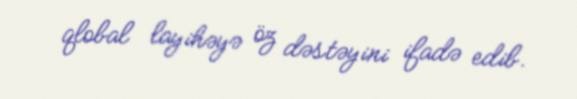
qlobal layihəyə öz dəstəyini ifadə edib.